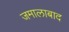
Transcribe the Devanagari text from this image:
जमालाबाद